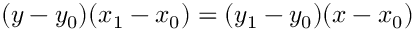
( y - y _ { 0 } ) ( x _ { 1 } - x _ { 0 } ) = ( y _ { 1 } - y _ { 0 } ) ( x - x _ { 0 } )